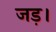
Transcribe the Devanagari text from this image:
जड़।